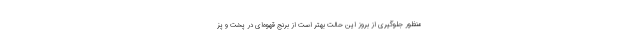
منظور جلوگیری از بروز این حالت بهتر است از برنج قهوه‌ای در پخت و پز